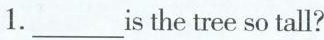
1.___is the tree so tall?